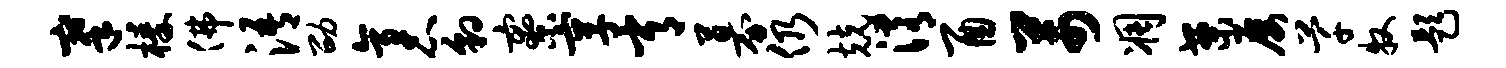
搴榛佛浯劭袤豹寮享常募仍兢淆酉芾凋案屡芊牧题